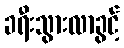
ခရီးသွားလာခွင့်